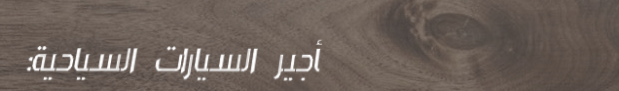
تأجير السيارات السياحية: